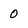
Character: O